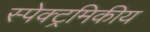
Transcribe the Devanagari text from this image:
स्पेक्ट्रमिकीय